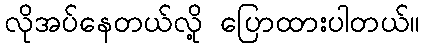
လိုအပ်နေတယ်လို့ ပြောထားပါတယ်။